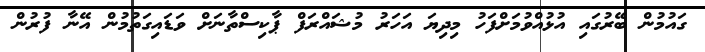
ގައުމުން ބޭރުގައި އުޅުއްވުމަށްފަހު މިދިޔަ އަހަރު މުޝައްރަފް ޕާކިސްތާނަށް ވަޑައިގަތުމުން އޭނާ ފުރުން